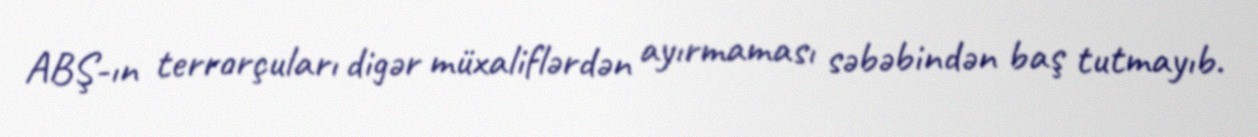
ABŞ-ın terrorçuları digər müxaliflərdən ayırmaması səbəbindən baş tutmayıb.